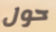
حول